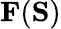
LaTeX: \mathbf{F}(\mathbf{S})